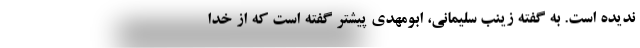
ندیده است. به گفته زینب سلیمانی، ابومهدی پیشتر گفته است که از خدا